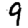
Digit: 9